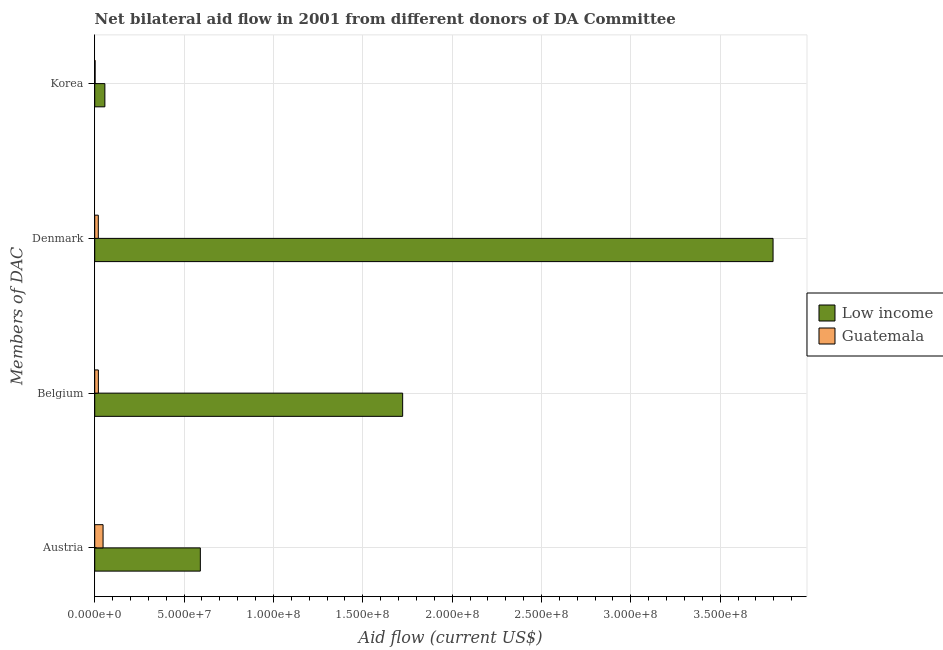
| Members of DAC | Low income | Guatemala |
 | --- | --- | --- |
 | Austria | 5.91e+07 | 4.66e+06 |
 | Belgium | 1.72e+08 | 2.04e+06 |
 | Denmark | 3.8e+08 | 2e+06 |
 | Korea | 5.68e+06 | 2.1e+05 |